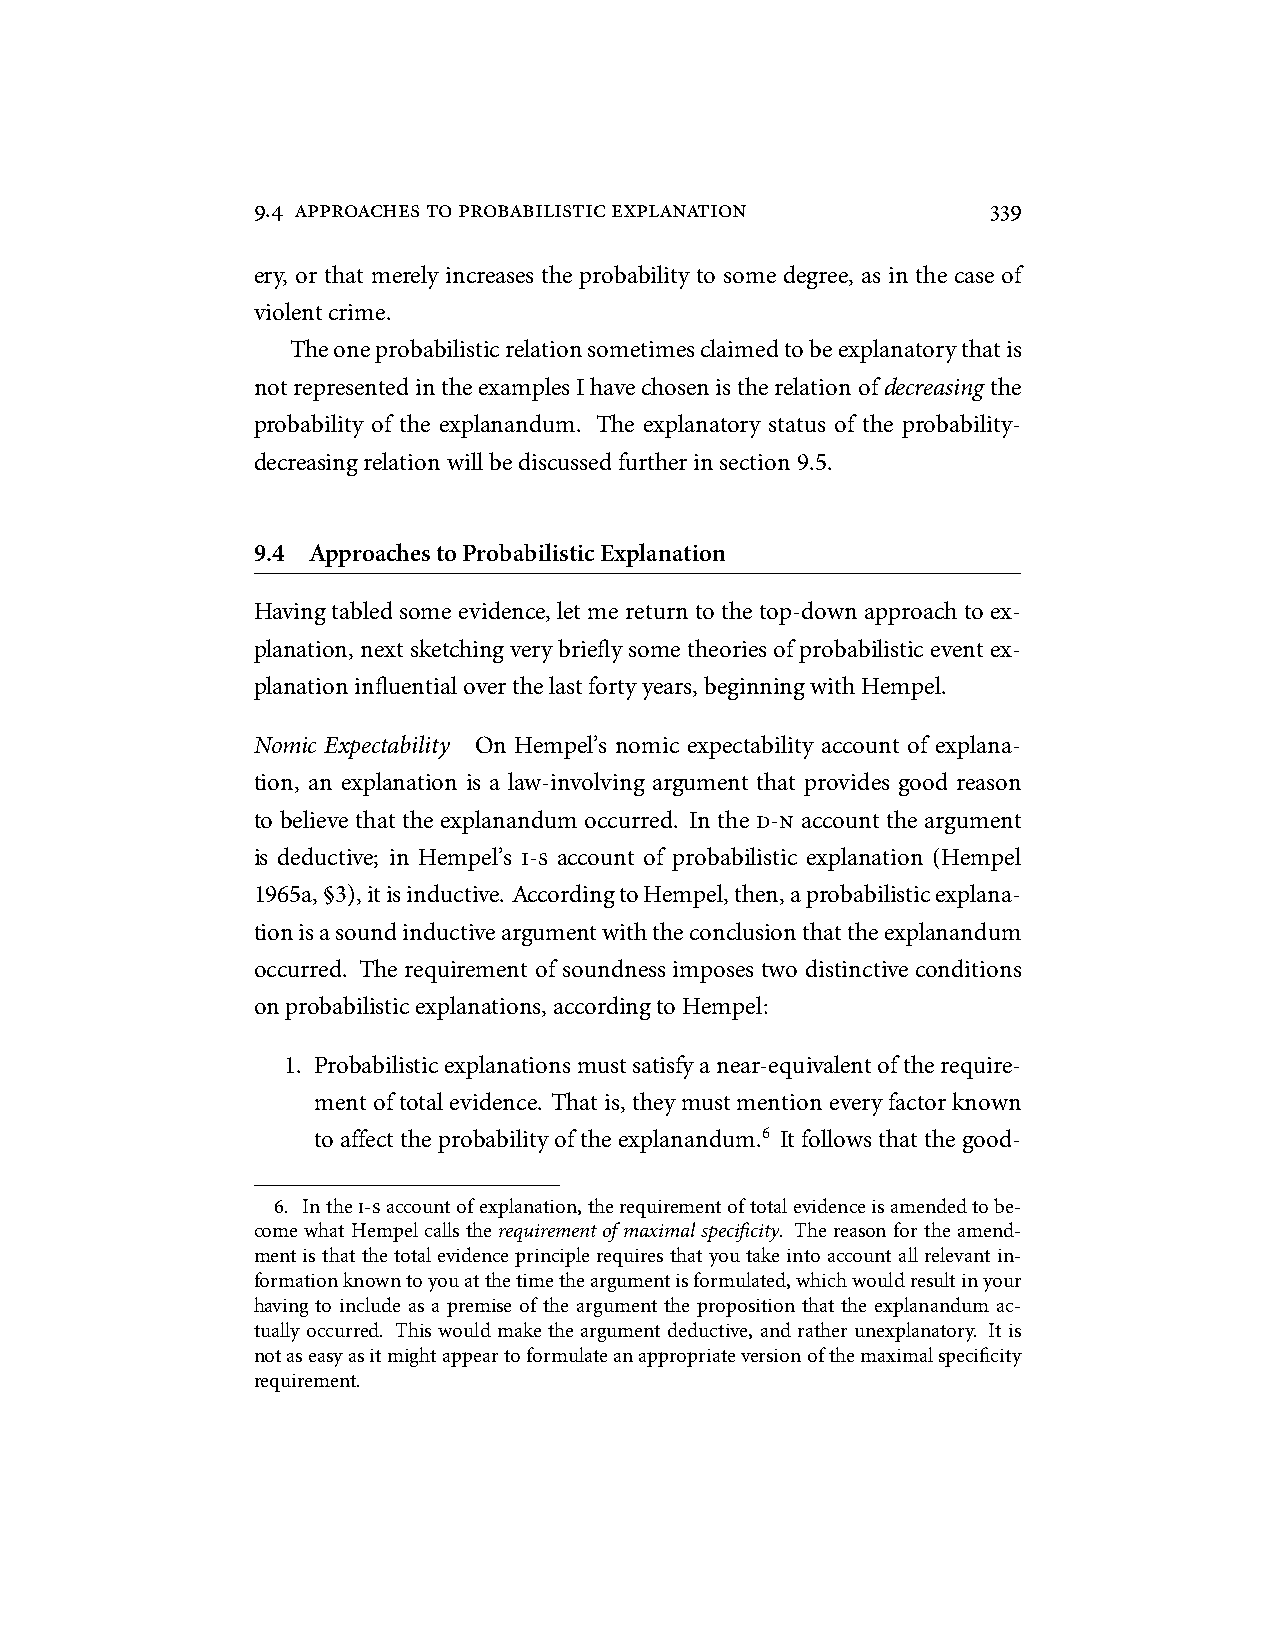
9.4 approachestoprobabilisticexplanation         339
 ery, or that merely increases the probability to some degree, as in the case of
 violentcrime.
 Theoneprobabilisticrelationsometimesclaimedtobeexplanatorythatis
 notrepresentedintheexamplesIhavechosenistherelationofdecreasing the
 probability of the explanandum. The explanatory status of the probability-
 decreasingrelationwillbediscussedfurtherinsection9.5.
 9.4 ApproachestoProbabilisticExplanation
 Havingtabledsomeevidence, letmereturntothe top-downapproachtoex-
 planation, nextsketchingverybrieflysometheoriesofprobabilisticeventex-
 planationinfluentialoverthelastfortyyears,beginningwithHempel.
 Nomic Expectability On Hempel’s nomic expectability account of explana-
 tion, an explanation is a law-involving argument that provides good reason
 to believe that the explanandum occurred. In the d-n account the argument
 is deductive; in Hempel’s i-s account of probabilistic explanation (Hempel
 1965a,§3),itisinductive. AccordingtoHempel,then,aprobabilisticexplana-
 tionisasoundinductiveargumentwiththeconclusionthattheexplanandum
 occurred. The requirement of soundness imposes two distinctive conditions
 onprobabilisticexplanations,accordingtoHempel:
 1. Probabilisticexplanationsmustsatisfyanear-equivalentoftherequire-
 mentoftotalevidence. Thatis,theymustmentioneveryfactorknown
 toaffecttheprobabilityoftheexplanandum.6 Itfollowsthatthegood-
 6. Inthei-saccountofexplanation,therequirementoftotalevidenceisamendedtobe-
 comewhatHempelcallstherequirementofmaximalspecificity. Thereasonfortheamend-
 mentisthatthetotalevidenceprinciplerequiresthatyoutakeintoaccountallrelevantin-
 formationknowntoyouatthetimetheargumentisformulated,whichwouldresultinyour
 having to include as a premise of the argument the proposition that the explanandum ac-
 tually occurred. This would make the argument deductive, and rather unexplanatory. It is
 notaseasyasitmightappeartoformulateanappropriateversionofthemaximalspecificity
 requirement.